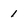
Character: 1